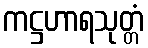
ကဋ္ဌဟာရသုတ္တံ